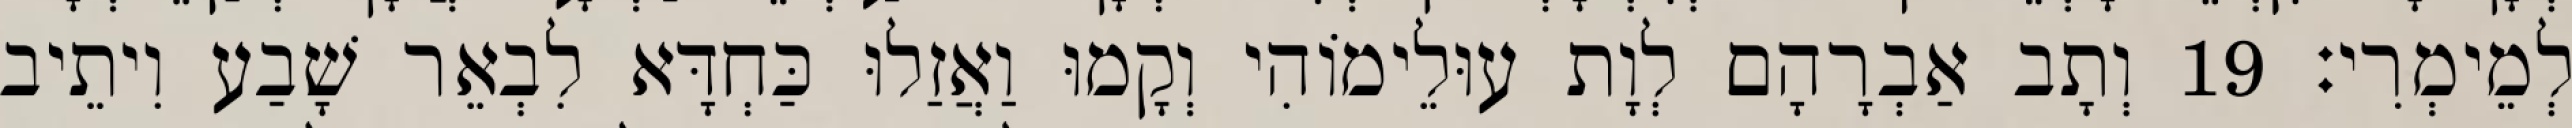
לְמֵימְרִי׃ 19 וְתָב אַבְרָהָם לְוָת עוּלֵימוֹהִי וְקָמוּ וַאֲזַלוּ כַּחְדָּא לִבְאֵר שָׁבַע וִיתֵיב